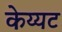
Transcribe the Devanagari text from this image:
केय्यट